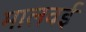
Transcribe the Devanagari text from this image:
मालवई